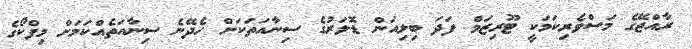
ރާއްޖޭގެ މަސްވެރިކަމަކީ ޓޫރިޒަމް ފަދަ ބިލިއަން ޑޮލަރުގެ ސިނާއަތަކަށް ހެދޭނެ ސިނާއަތެއްކަމަށް މިފްކޯގެ